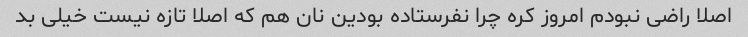
اصلا راضی نبودم امروز کره چرا نفرستاده بودین نان هم که اصلا تازه نیست خیلی بد